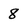
Character: 8